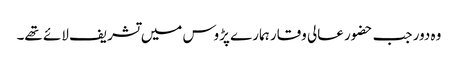
وہ دور جب حضور عالی وقار ہمارے پڑوس میں تشریف لائے تھے۔